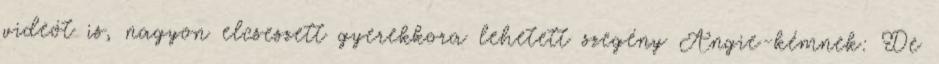
videót is, nagyon elcseszett gyerekkora lehetett szegény Angie-kémnek: De